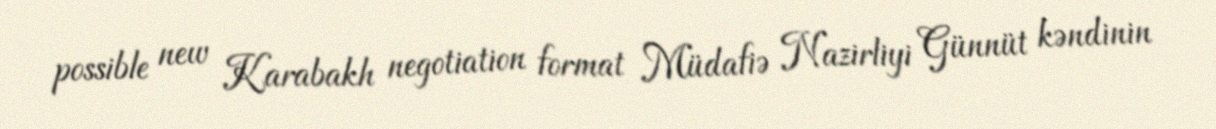
possible new Karabakh negotiation format Müdafiə Nazirliyi Günnüt kəndinin